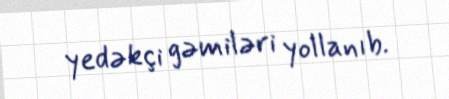
yedəkçi gəmiləri yollanıb.